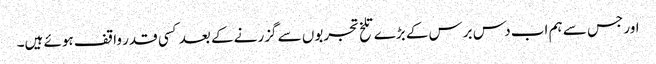
اور جس سے ہم اب دس برس کے بڑے تلخ تجربوں سے گزرنے کے بعد کسی قدر واقف ہوئے ہیں۔